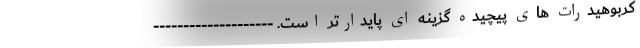
کربوهیدرات های پیچیده گزینه ای پایدارتر است. --------------------